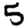
Digit: 5